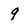
Character: 9